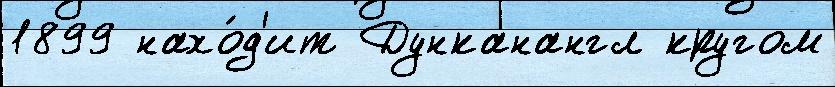
1899 нахо́д'ит Дунканангл кругом